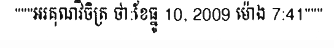
"""អរគុណវិចិត្រ ថា:ខែធ្នូ 10, 2009 ម៉ោង 7:41"""